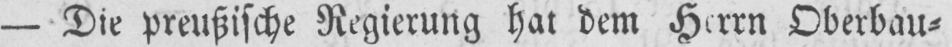
- Die preußische Regierung hat dem Herrn Oberbau⸗